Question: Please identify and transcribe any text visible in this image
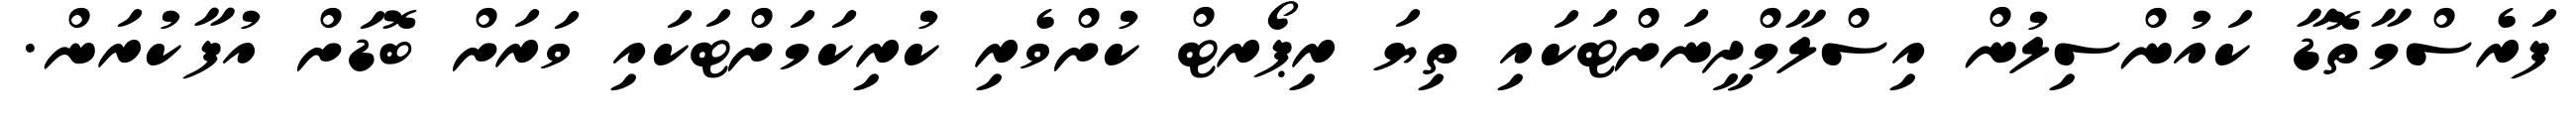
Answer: ފަރެސްމާތޮޑާ ކައުންސިލުން އިސްލާމްދީނަށްޓަކައި ތިޔަ ރިޕޯރޓް ކުށްވެރި ކުރިކަމަށްޓަކައި ވަރަށް ބޮޑަށް އުފާކުރަން.